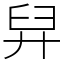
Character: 舁